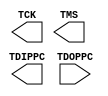
///////////////////////////////////////////////////////////////////////////////
// Copyright (c) 1995/2004 Xilinx, Inc.
// All Right Reserved.
///////////////////////////////////////////////////////////////////////////////
//   ____  ____
//  /   /\/   /
// /___/  \  /    Vendor : Xilinx
// \   \   \/     Version : 10.1
//  \   \         Description : Xilinx Functional Simulation Library Component
//  /   /
// /___/   /\     Filename : JTAGPPC440.v
// \   \  /  \    Timestamp : Wed Aug 17 16:23:43 PDT 2005
//  \___\/\___\
//
// Revision:
//    08/17/05 - Initial version.
// End Revision

`timescale 1 ps / 1 ps 

module JTAGPPC440 (
        TCK,
        TDIPPC,
        TMS,
        TDOPPC
);

output TCK;
output TDIPPC;
output TMS;

input TDOPPC;

specify
	specparam PATHPULSE$ = 0;
endspecify

endmodule